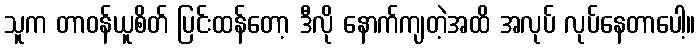
သူက တာဝန်ယူစိတ် ပြင်းထန်တော့ ဒီလို နောက်ကျတဲ့အထိ အလုပ် လုပ်နေတာပေါ့။